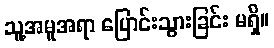
သူ့အမူအရာ ပြောင်းသွားခြင်း မရှိ။